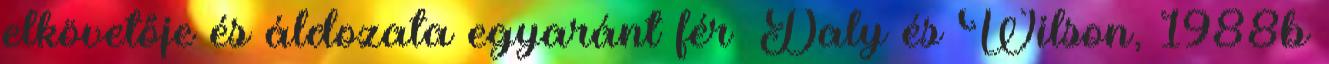
elkövetője és áldozata egyaránt férﬁ Daly és Wilson, 1988b